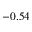
- 0 . 5 4